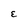
Character: E